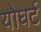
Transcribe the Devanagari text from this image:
योघर्ट